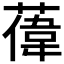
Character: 𫉔